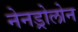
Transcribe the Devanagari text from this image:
नेनड्रोलोन